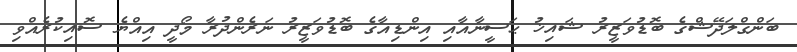
ބަންގްލަދޭޝްގެ ބޮޑުވަޒީރު ޝައިޚު ޙަސީނާއާއި އިންޑިއާގެ ބޮޑުވަޒީރު ނަރެންދުރާ މޯދީ އިއްޔެ ސޮއިކުރެއްވި